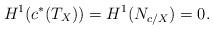
LaTeX: \begin{align*}H^1( c^\ast (T_{X}))=H^1(N_{c/X})=0.\end{align*}